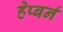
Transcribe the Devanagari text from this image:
हेप्बर्न